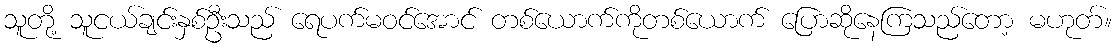
သူတို့ သူငယ်ချင်းနှစ်ဦးသည် ရေပက်မဝင်အောင် တစ်ယောက်ကိုတစ်ယောက် ပြောဆိုနေကြသည်တော့ မဟုတ်။